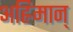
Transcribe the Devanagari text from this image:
अह्रिमान्